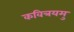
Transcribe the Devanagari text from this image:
कवित्रयमु